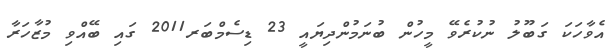
އެވާހަކަ ގަބޫލު ނުކުރެވޭ މީހުން ބުނަމުންދިޔައީ 23 ޑިސެމްބަރ2011 ގައި ބޭއްވި މުޒާހަރާ